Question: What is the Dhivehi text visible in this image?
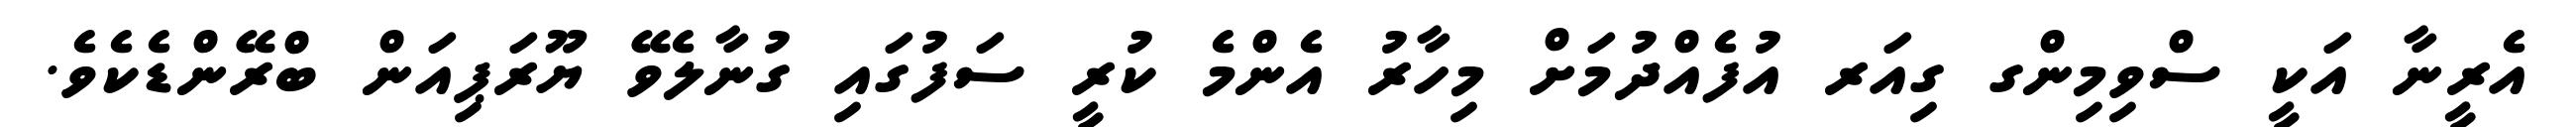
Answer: އެރީނާ އަކީ ސްވިމިންގ ގިއަރ އުފެއްދުމަށް މިހާރު އެންމެ ކުރީ ސަފުގައި ގުނާލެވޭ ޔޫރަޕިއަން ބްރޭންޑެކެވެ.